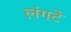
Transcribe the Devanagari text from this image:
लंगटे